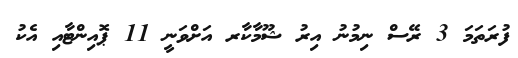
ފުރަތަމަ 3 ރޭސް ނިމުނު އިރު ޝޫމާކާރ އަށްވަނީ 11 ޕޮއިންޓާއި އެކު